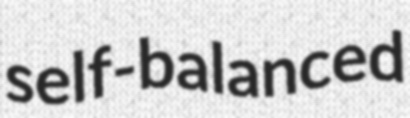
self-balanced